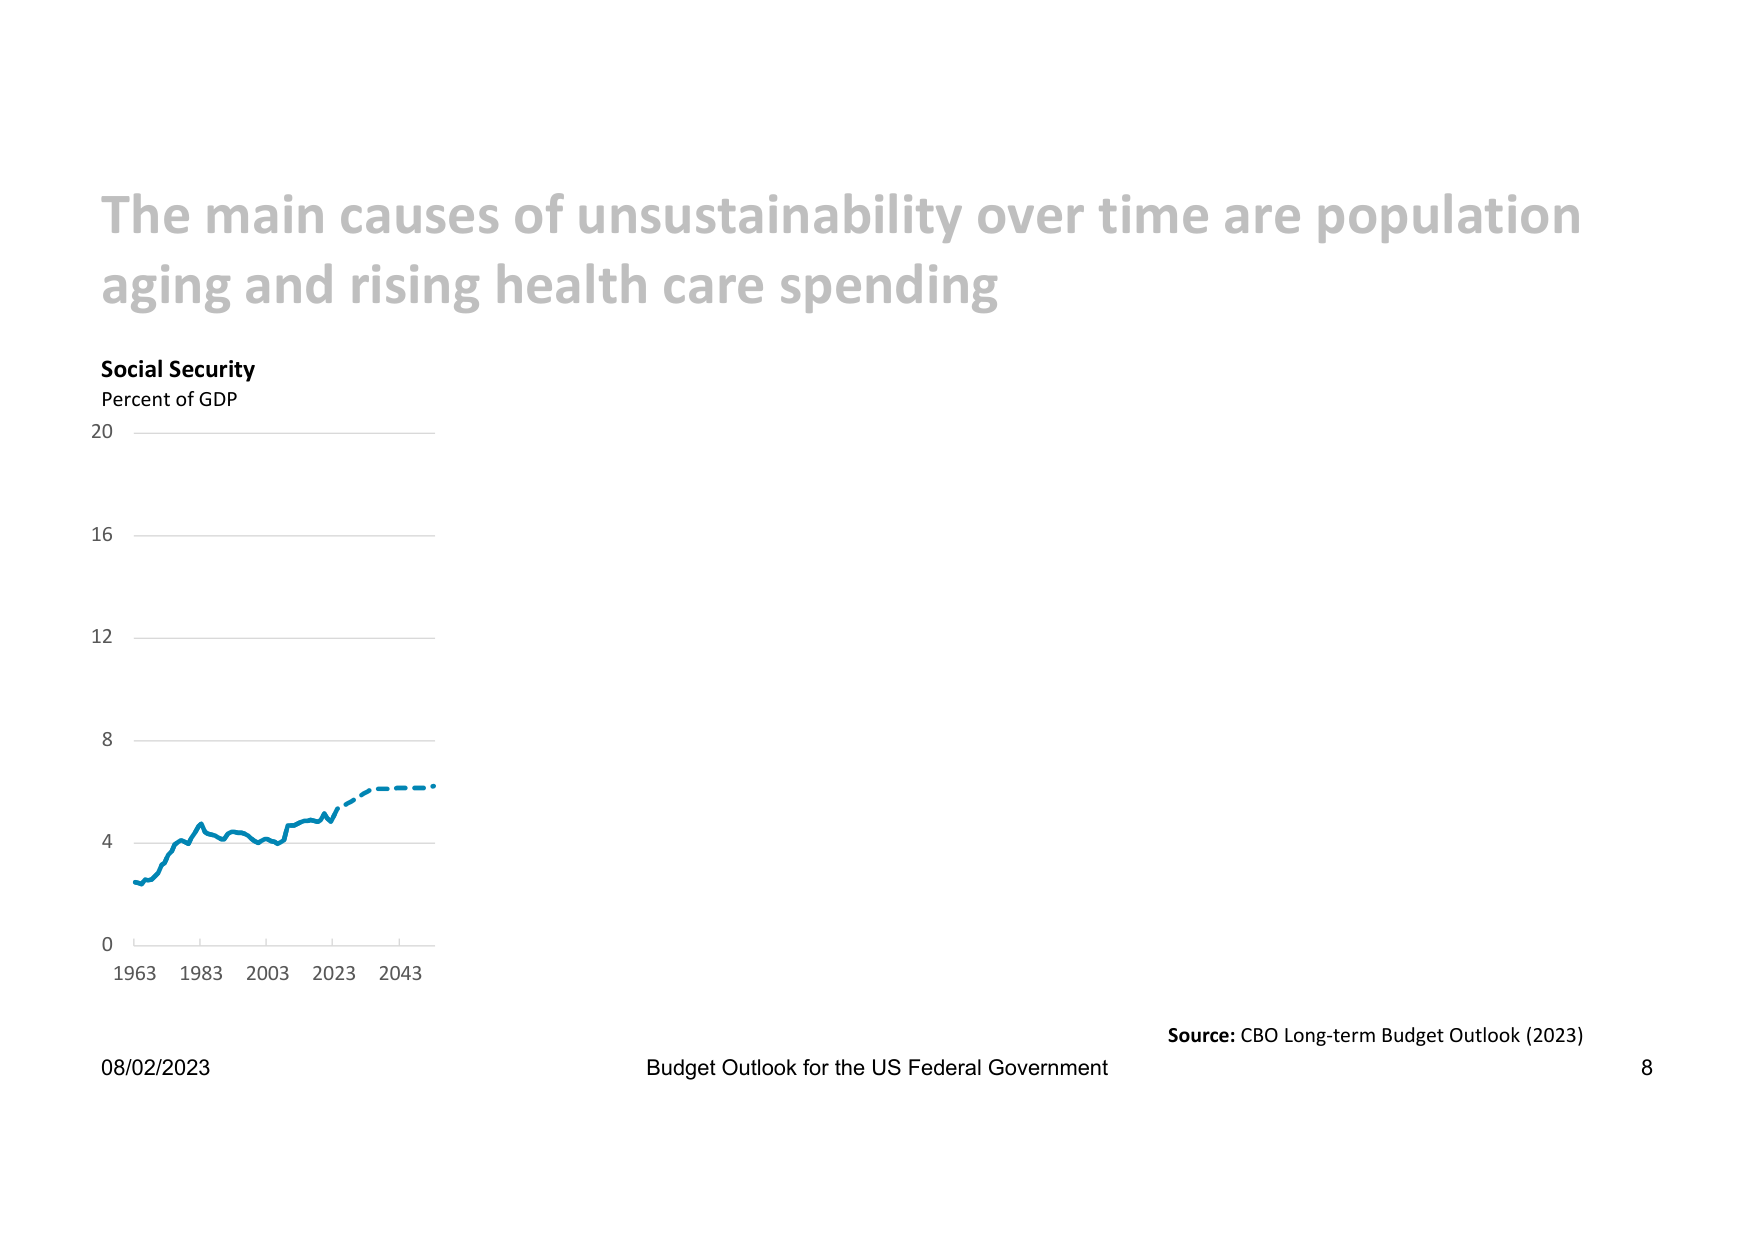
The main causes of unsustainability over time are population aging and rising health care spending

Social Security
Percent of GDP
20
16
12
8
4
0
1963 1983 2003 2023 2043

08/02/2023
Budget Outlook for the US Federal Government
Source: CBO Long-term Budget Outlook (2023)
8